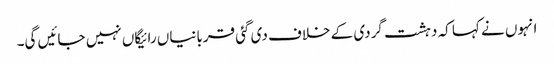
انہوں نے کہا کہ دہشت گردی کے خلاف دی گئی قربانیاں رائیگاں نہیں جائیں گی۔